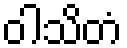
ဝါသိတံ